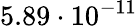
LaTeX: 5.89\cdot 10^{-11}